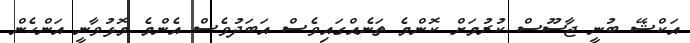
އަކްޝޭ ބުނީ ޖާސޫސް ކުރުމަށް ކޮންމެ ތަނެއްގައިިވެސް އަބަދުވެސް އެންމެ މޮޅުވާނީ އަންހެން